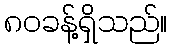
၈၀ခန့်ရှိသည်။